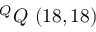
^ { Q } Q \ ( 1 8 , 1 8 )